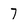
Character: 7